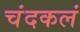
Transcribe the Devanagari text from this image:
चंदकलं